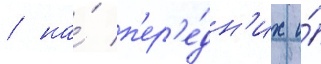
/ на́ п'ер'е́дн'их и́